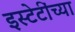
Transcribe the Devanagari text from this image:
इस्टेटींच्या